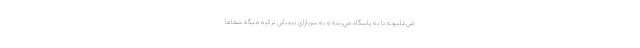
مي‌غلتونه تا به پاسگاه مي‌رسه و به سربازاي ديدباني تركيه ميگه شماها